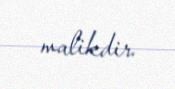
malikdir.